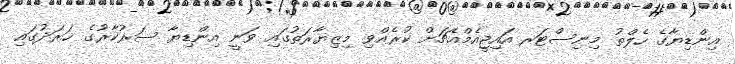
އިންޑިޔާގެ ހެލްތު މިނިސްޓަރ އައިޖީއެމްއެޗަށް ކުރެއްވި މިޒިޔާރަތުގައި ވަނީ އިންޑިޔާ ސަރުކާރުގެ ޚަރަދުގައި